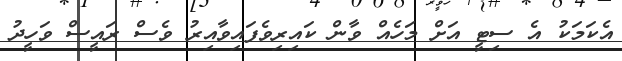
އެކަމަކު އެ ސިޓީ އަށް މަހެއް ވާން ކައިރިވެފައިވާއިރު ވެސް ރައީސް ވަހީދު